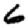
Digit: 6